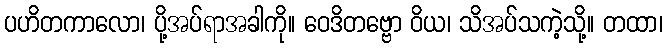
ပဟိတကာလော၊ ပို့အပ်ရာအခါကို။ ဝေဒိတဗ္ဗော ဝိယ၊ သိအပ်သကဲ့သို့။ တထာ၊